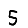
Digit: 5